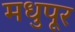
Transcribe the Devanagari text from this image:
मधुपूर